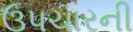
ઉપચારની